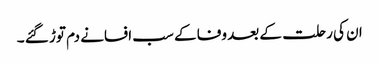
ان کی رحلت کے بعد وفا کے سب افسانے دم توڑ گئے ۔